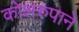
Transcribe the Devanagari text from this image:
कोशरुपाने